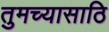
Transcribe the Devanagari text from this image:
तुमच्यासाठि